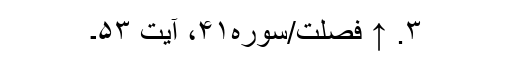
۳. ↑ فصّلت/سوره۴۱، آیت ۵۳۔